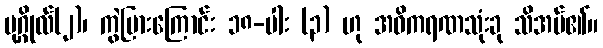
ပုဂ္ဂိုလ်(၂)၊ ကွဲပြားကြောင်း ၁၈-ပါး (၃) ဟု အဓိကရဏသုံးခု သိအပ်၏။